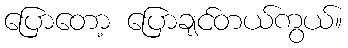
ပြောတော့ ပြောချင်တယ်ကွယ်။